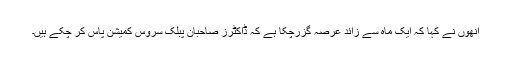
انھوں نے کہا کہ ایک ماہ سے زائد عرصہ گزرچکا ہے کہ ڈاکٹرز صاحبان پبلک سروس کمیشن پاس کر چکے ہیں۔